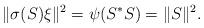
LaTeX: \begin{align*}\|\sigma(S)\xi\|^2=\psi(S^*S)=\|S\|^2.\end{align*}